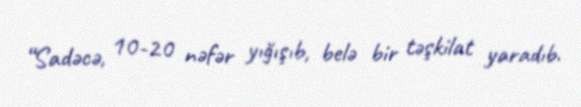
“Sadəcə, 10-20 nəfər yığışıb, belə bir təşkilat yaradıb.